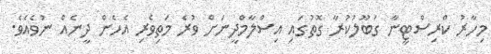
މިހާރު ކްރިސްޓީނާ ގަބޫލުކުރާ ގޮތުގައި އިސްލާމްދީނަށް ވުރެ މަތިވެރި އެހެން ދީނެއް ނުވެއެވެ.